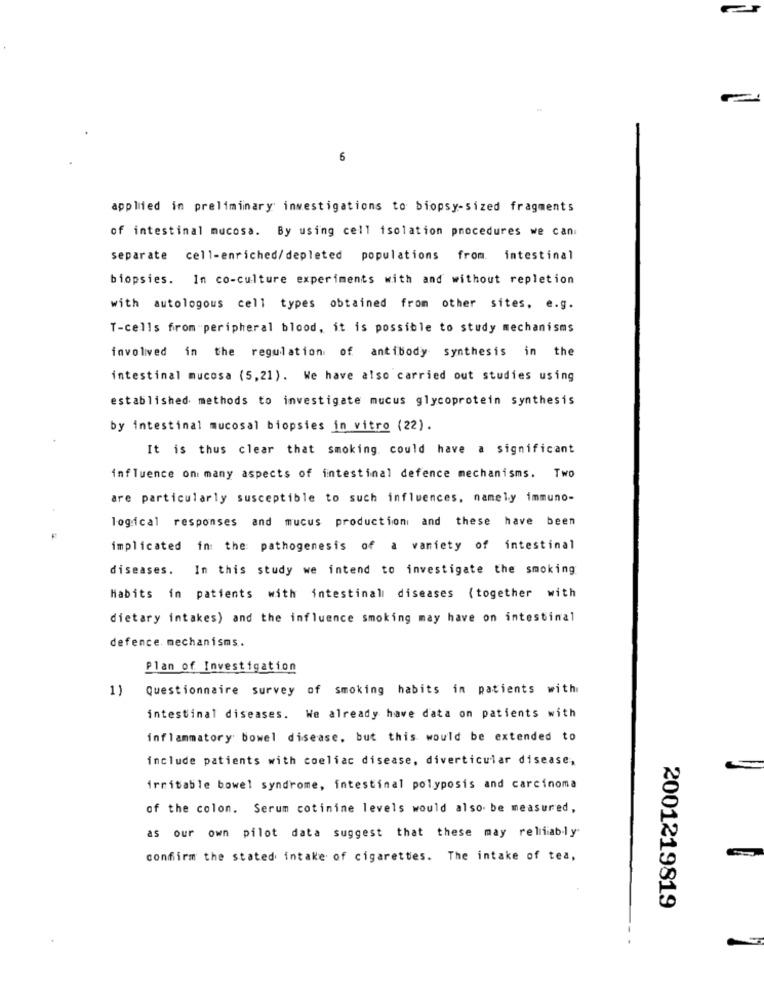
6
applied in preliminary investigations to biopsy-sized fragments
of intestinal mucosa. By using cell isolation procedures we can
separate cell-enriched/depleted populations from. intestinal
biopsies. In co-culture experiments with and without repletion
with autologous cell types obtained from other sites, e.g.
T-cells from peripheral blood, it is possible to study mechanisms
involved in the regulation of antibody synthesis in the
intestinal mucosa (5,21). We have also carried out studies using
established methods to investigate mucus glycoprotein synthesis
by intestinal mucosal biopsies in vitro (22).
It is thus clear that smoking. could have a significant
influence on many aspects of intestinal defence mechanisms. Two
are particularly susceptible to such influences, namely immuno-
logical responses and mucus production and these have been
implicated in: the pathogenesis of a variety of intestinal
diseases. In this study we intend to investigate the smoking
Habits in patients with intestinali diseases (together with
dietary intakes) and the influence smoking may have on intestinal
defence. mechanisms.
Plan of Investigation
1) Questionnaire survey of smoking habits in patients with
intestinal diseases. We already have data on patients with
inflammatory bowel disease, but this would be extended to
include patients with coeliac disease, diverticular disease,
irritable bowel syndrome, intestinal polyposis and carcinoma
of the colon. Serum cotinine levels would also be measured,
as our own pilot data suggest that these may reliably
confirm the stated intake of cigarettes. The intake of tea,
2001219819